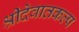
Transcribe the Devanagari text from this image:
श्रीदेवातकल्प